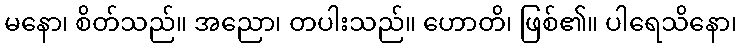
မနော၊ စိတ်သည်။ အညော၊ တပါးသည်။ ဟောတိ၊ ဖြစ်၏။ ပါရေသိနော၊